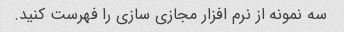
سه نمونه از نرم افزار مجازی سازی را فهرست کنید.